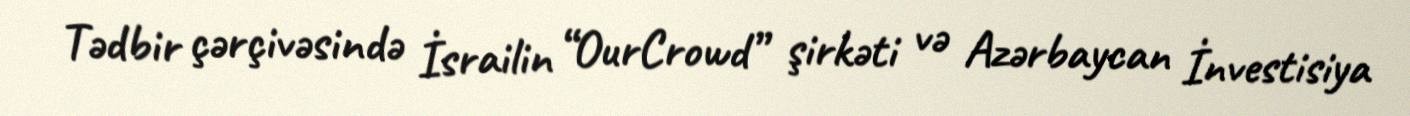
Tədbir çərçivəsində İsrailin “OurCrowd” şirkəti və Azərbaycan İnvestisiya